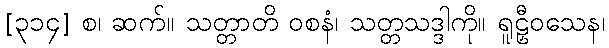
[၃၁၄] စ၊ ဆက်။ သတ္တာတိ ဝစနံ၊ သတ္တသဒ္ဒါကို။ ရူဠှီဝသေန၊